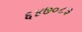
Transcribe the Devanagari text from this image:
६४७०८३